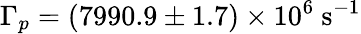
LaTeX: \Gamma_{p}=(7990.9\pm 1.7)\times 10^{6}\ \mathrm{s}^{-1}